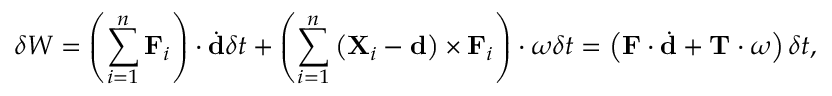
\delta W = \left( \sum _ { i = 1 } ^ { n } \mathbf { F } _ { i } \right) \cdot { \dot { \mathbf { d } } } \delta t + \left( \sum _ { i = 1 } ^ { n } \left( \mathbf { X } _ { i } - \mathbf { d } \right) \times \mathbf { F } _ { i } \right) \cdot { \boldsymbol { \omega } } \delta t = \left( \mathbf { F } \cdot { \dot { \mathbf { d } } } + \mathbf { T } \cdot { \boldsymbol { \omega } } \right) \delta t ,